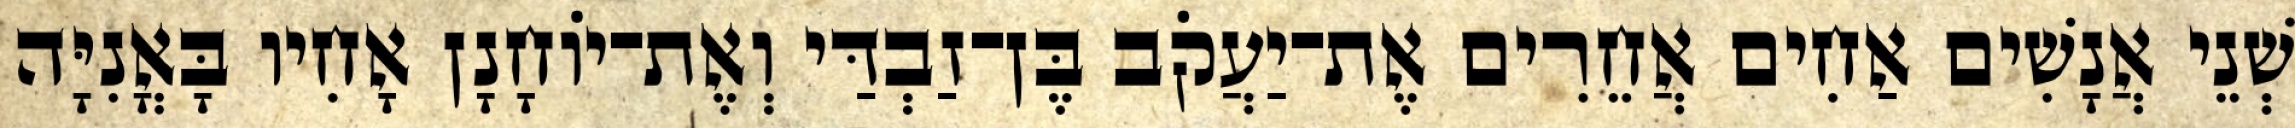
שְׁנֵי אֲנָשִׁים אַחִים אֲחֵרִים אֶת־יַעֲקֹב בֶּן־זַבְדַּי וְאֶת־יוֹחָנָן אָחִיו בָּאֳנִיָּה